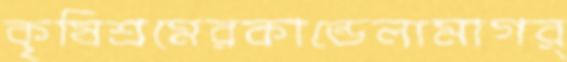
কৃষিশ্রমেরকান্ডেলামাগর্‌